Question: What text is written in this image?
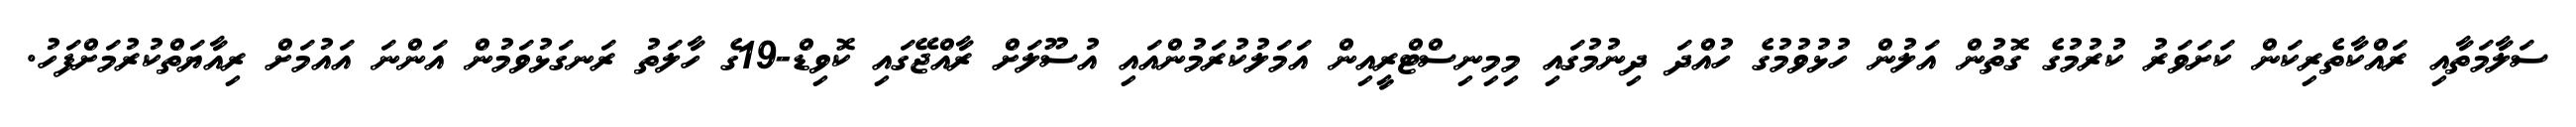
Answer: ސަލާމަތާއި ރައްކާތެރިކަން ކަށަވަރު ކުރުމުގެ ގޮތުން އަލުން ހުޅުވުމުގެ ހުއްދަ ދިނުމުގައި މިމިނިސްޓްރީއިން އަމަލުކުރަމުންއައި އުސޫލަށް ރާއްޖޭގައި ކޮވިޑް-19ގެ ހާލަތު ރަނގަޅުވަމުން އަންނަ އައުމަށް ރިއާޔަތްކުރުމަށްފަހު.